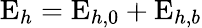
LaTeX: \mathrm{E}_{h}=\mathrm{E}_{h,0}+\mathrm{E}_{h,b}